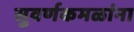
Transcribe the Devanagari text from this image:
सुवर्णकमळांना